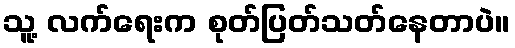
သူ့ လက်ရေးက စုတ်ပြတ်သတ်နေတာပဲ။